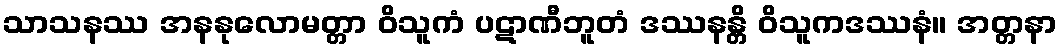
သာသနဿ အနနုလောမတ္တာ ဝိသူကံ ပဋာဏီဘူတံ ဒဿနန္တိ ဝိသူကဒဿနံ။ အတ္တနာ